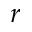
r